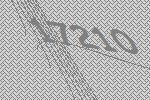
17210